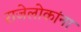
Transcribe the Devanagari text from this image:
राजेलोकांना